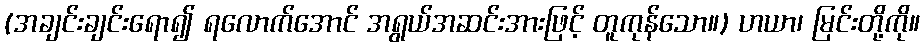
(အချင်းချင်းရော၍ ရလောက်အောင် အရွယ်အဆင်းအားဖြင့် တူကုန်သော။) ဟယာ၊ မြင်းတို့ကို။